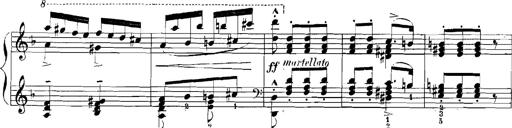
Title: Rhapsodies hongroises
Composer: Franz Liszt